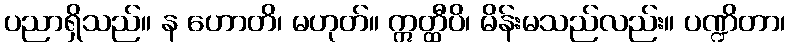
ပညာရှိသည်။ န ဟောတိ၊ မဟုတ်။ ဣတ္ထီပိ၊ မိန်းမသည်လည်း။ ပဏ္ဍိတာ၊